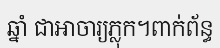
ឆ្នាំ ជាអាចារ្យភ្លុក។ពាក់ព័ន្ធ